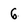
Character: 6